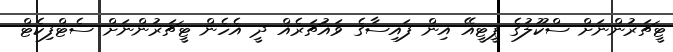
ޓީޗަރުންނަށް ސްކޫލުގެ ޕީޓީއޭ އިން ފައިސާގެ ވައުޗަރެއް ދީ އެހެން ޓީޗަރުންނަށް ސެޓްފިކެޓް